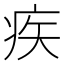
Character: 疾